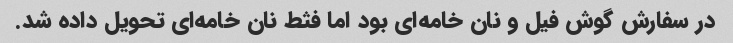
در سفارش گوش فیل و نان خامه‌ای بود اما فثط نان خامه‌ای تحویل داده شد.